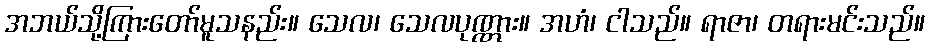
အဘယ်သို့ကြားတော်မူသနည်း။ သေလ၊ သေလပုဏ္ဏား။ အဟံ၊ ငါသည်။ ရာဇာ၊ တရားမင်းသည်။